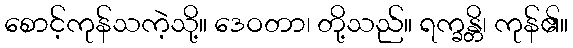
စောင့်ကုန်သကဲ့သို့။ ဒေဝတာ၊ တို့သည်။ ရက္ခန္တိ၊ ကုန်၏။